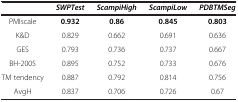
<table><thead><tr><td><b> </b></td><td><b><i>SWPTest</i></b></td><td><b><i>ScampiHigh</i></b></td><td><b><i>ScampiLow</i></b></td><td><b><i>PDBTMSeg</i></b></td></tr></thead><tbody><tr><td>PMIscale</td><td><b>0.932</b></td><td><b>0.86</b></td><td><b>0.845</b></td><td><b>0.803</b></td></tr><tr><td>K&amp;D</td><td>0.829</td><td>0.662</td><td>0.691</td><td>0.636</td></tr><tr><td>GES</td><td>0.793</td><td>0.736</td><td>0.737</td><td>0.667</td></tr><tr><td>BH-2005</td><td>0.895</td><td>0.752</td><td>0.733</td><td>0.676</td></tr><tr><td>TM tendency</td><td>0.887</td><td>0.792</td><td>0.814</td><td>0.756</td></tr><tr><td>AvgH</td><td>0.837</td><td>0.706</td><td>0.726</td><td>0.67</td></tr></tbody></table>